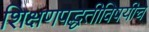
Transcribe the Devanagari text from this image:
शिक्षणपद्धतीविषयीचे